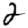
Digit: 2